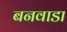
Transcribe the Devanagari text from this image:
बनवाडा